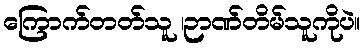
ကြောက်တတ်သူ ၊ဉာဏ်တိမ်သူကိုပဲ။